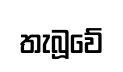
තැබූවේ